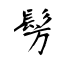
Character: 髣